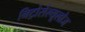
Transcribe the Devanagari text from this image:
निट्रोसेल्यूलोज